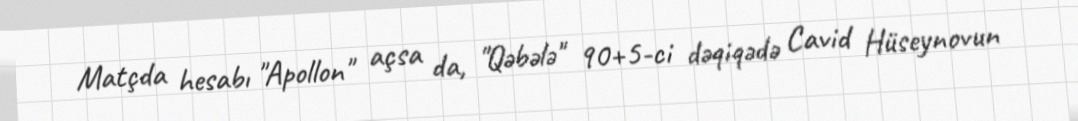
Matçda hesabı "Apollon" açsa da, "Qəbələ" 90+5-ci dəqiqədə Cavid Hüseynovun